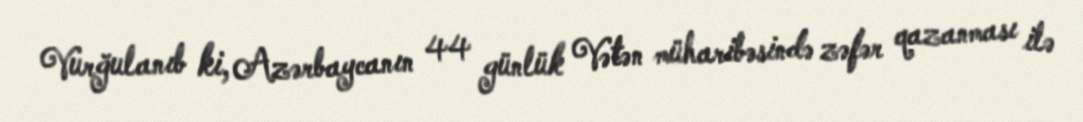
Vurğulanıb ki, Azərbaycanın 44 günlük Vətən müharibəsində zəfər qazanması ilə